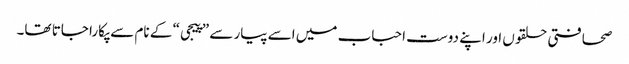
صحافتی حلقوں اور اپنے دوست احباب میں اسے پیار سے ”پیجی“ کے نام سے پکارا جاتا تھا۔